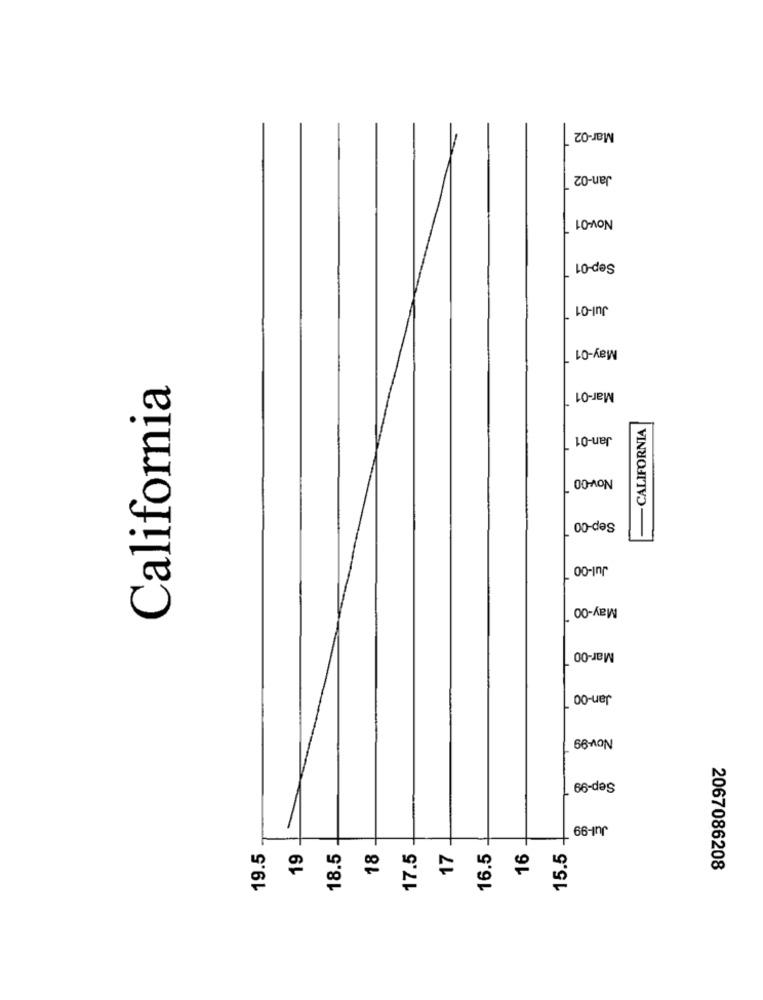
Mar-02
Jan-02
Nov-01
Sep-01
Jul-01
May-01
California
Mar-01
Jan-01
- CALIFORNIA
Nov-00
Sep-00
Jul-00
May-00
Mar-00
Jan-00
Nov-99
Sep-99
Jul-99
19.5
19
18.5
18
17.5
17
16.5
16
15.5
2067086208